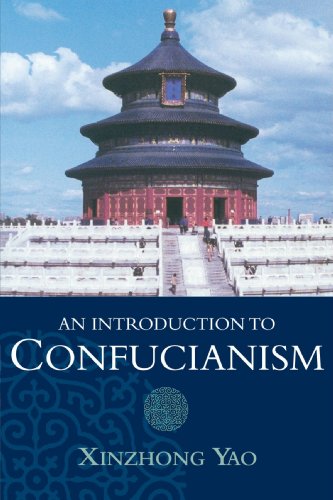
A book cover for An Introduction to Confucianism (Introduction to Religion); Xinzhong Yao; Religion & Spirituality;